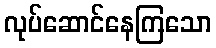
လုပ်ဆောင်နေကြသော